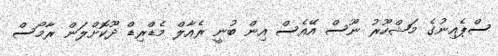
ސްޕެއިނުގެ މަޝްހޫރު ނޫސް އޭއެސް އިން ބުނީ ރެއާލް މެޑްރިޑް ދޫކޮށްލަން ރާމޯސް